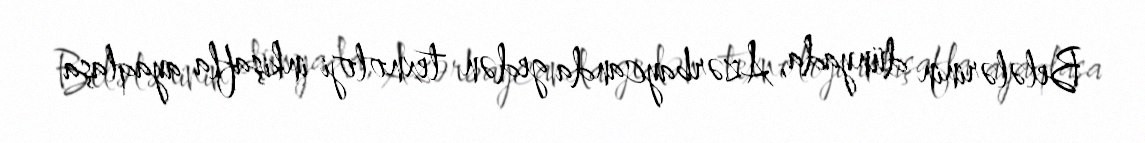
Belələrinin dünyada, Azərbaycanda gedən texnoloji inkişafla ayaqlaşa